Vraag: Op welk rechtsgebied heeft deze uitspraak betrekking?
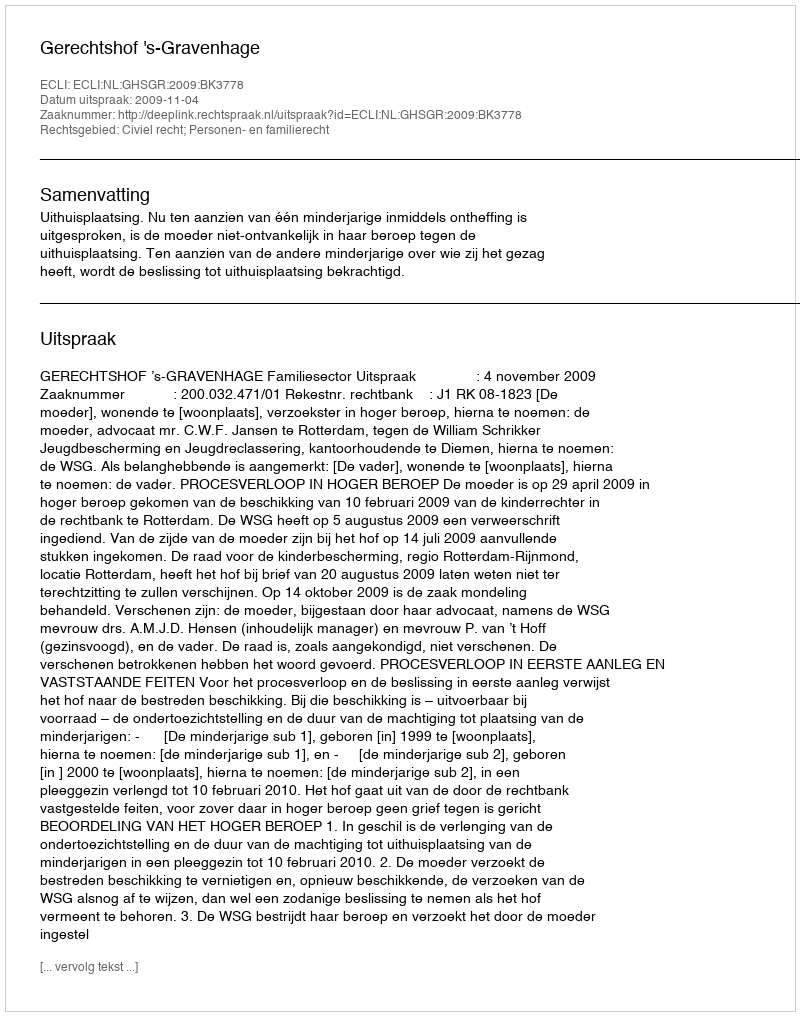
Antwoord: Civiel recht; Personen- en familierecht